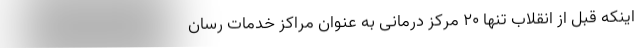
اینکه قبل از انقلاب تنها ۲۰ مرکز درمانی به عنوان مراکز خدمات رسان